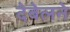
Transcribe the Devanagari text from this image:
देबेलने